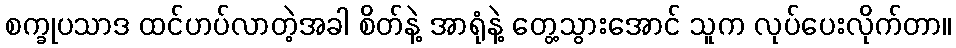
စက္ခုပသာဒ ထင်ဟပ်လာတဲ့အခါ စိတ်နဲ့ အာရုံနဲ့ တွေ့သွားအောင် သူက လုပ်ပေးလိုက်တာ။